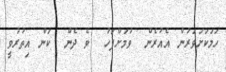
ހަމަކަށަވަރުން އެއުރެން  ވުމަށްފަހު  ވެ ދެން  ކަން އިތުރުވީ